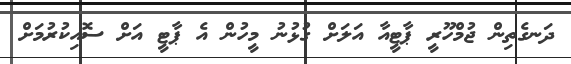
ދަނގެތިން ޖުމްހޫރީ ޕާޓީއާ އަލަށް ގުޅުނު މީހުން އެ ޕާޓީ އަށް ސޮއިކުރުމަށް